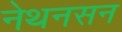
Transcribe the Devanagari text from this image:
नेथनसन